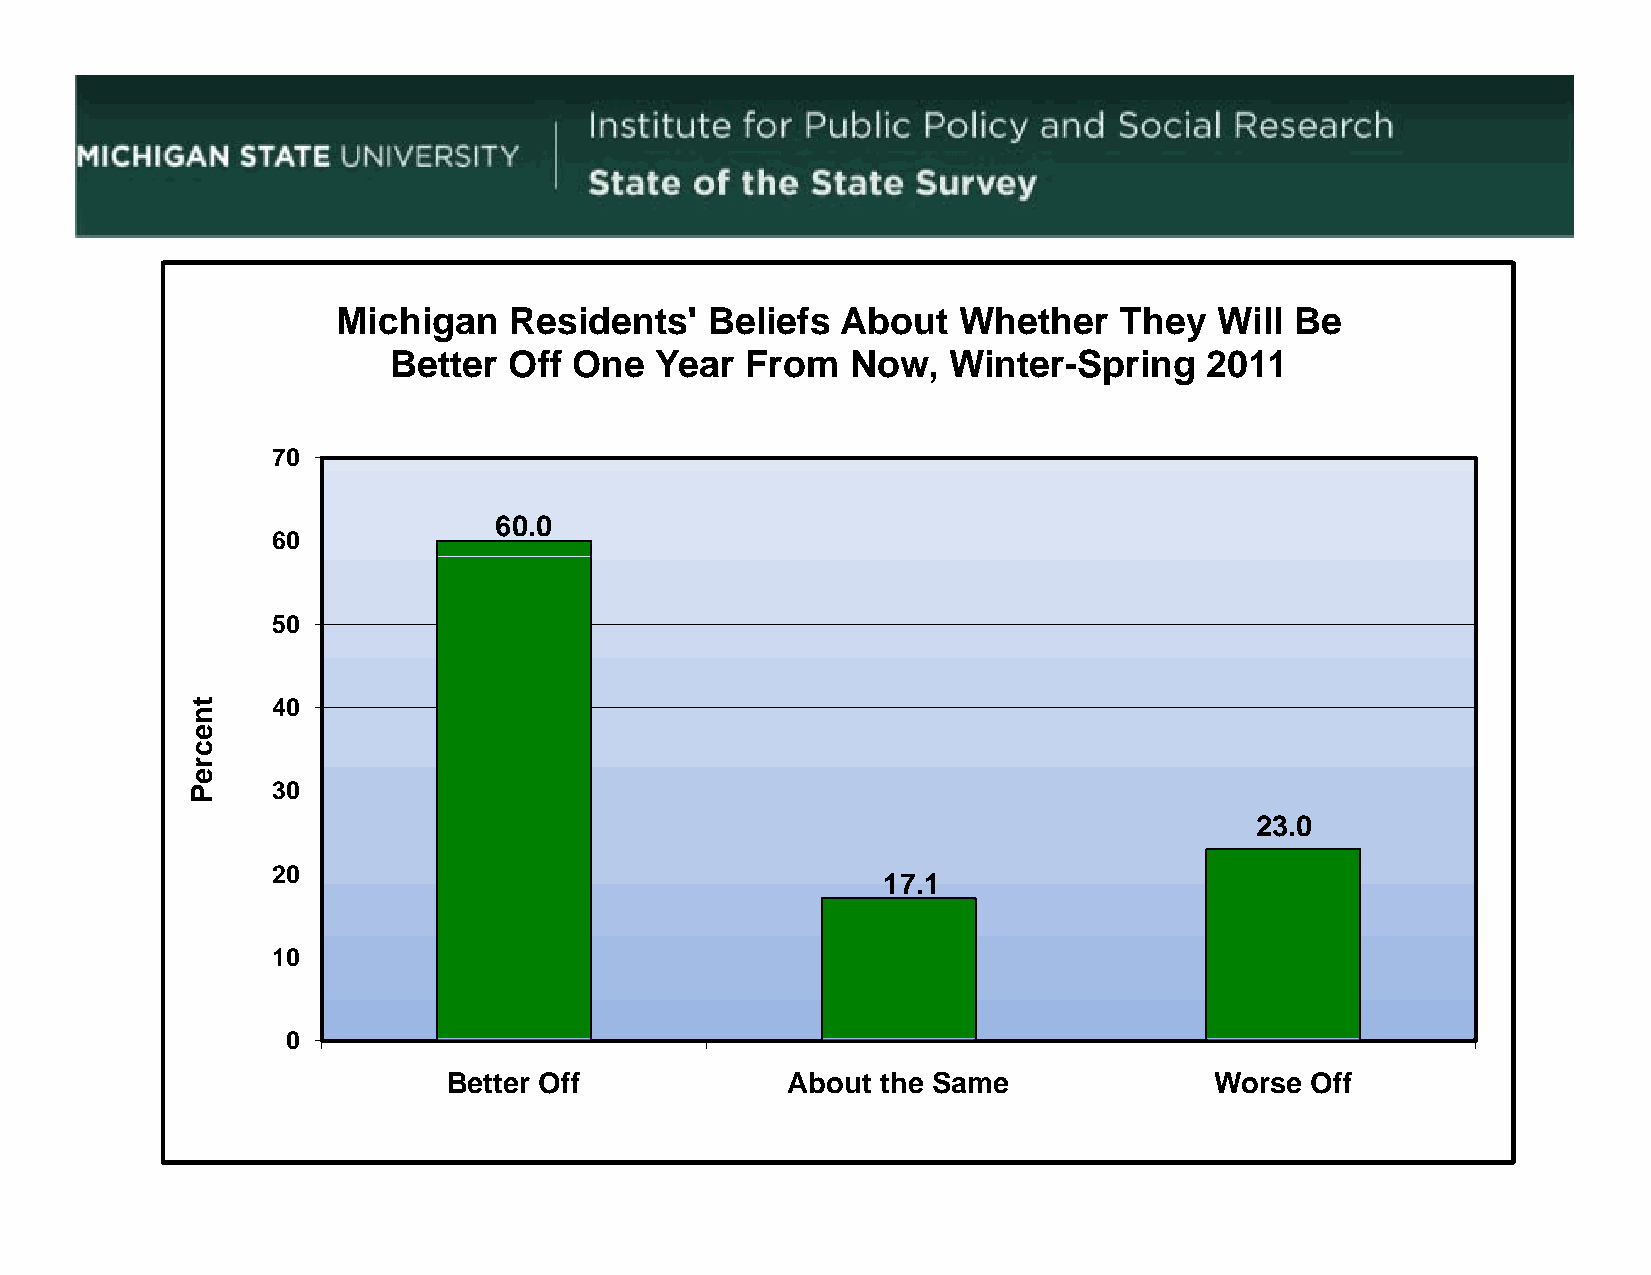
Michigan    Residents'   Beliefs  About  Whether    They   Will Be
 Better  Off One  Year  From   Now,   Winter-Spring    2011
 70
 60.0
 60
 50
 40
 30
 23.0
 2200
 1177.11
 10
 00
 Better Off            About the Same              Worse  Off
 tnnecreP